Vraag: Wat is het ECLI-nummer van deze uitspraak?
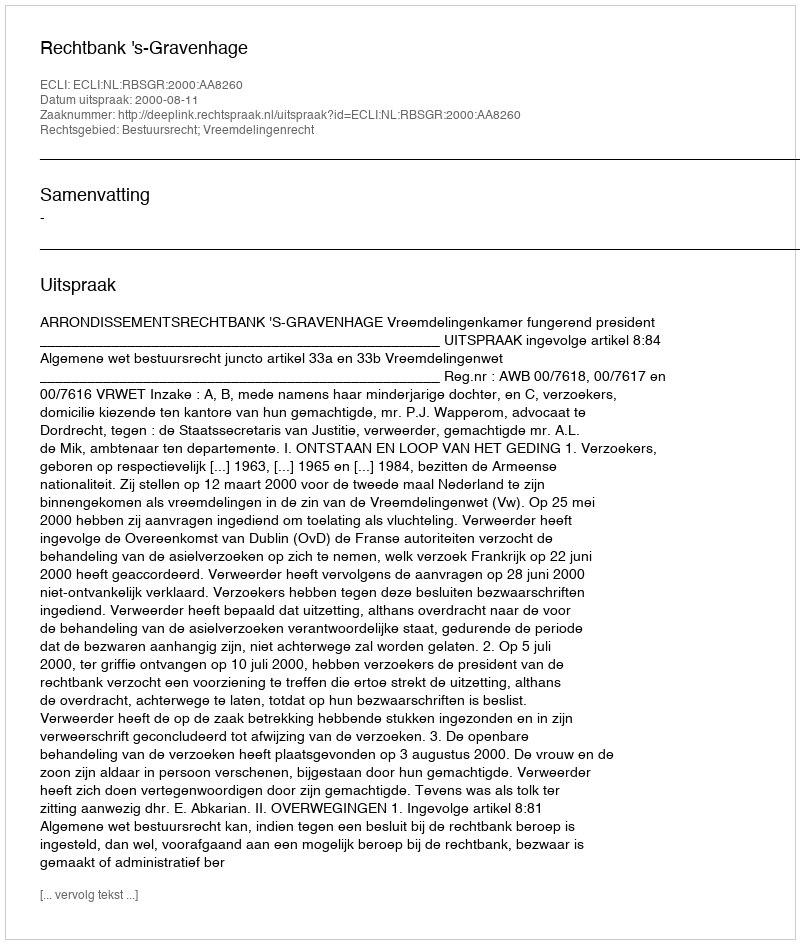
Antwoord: ECLI:NL:RBSGR:2000:AA8260